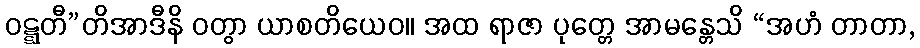
ဝဋ္ဋတီ”တိအာဒီနိ ဝတွာ ယာစတိယေဝ။ အထ ရာဇာ ပုတ္တေ အာမန္တေသိ “အဟံ တာတာ,